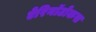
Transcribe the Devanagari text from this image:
ऐरिनॉटोकस